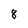
Character: 8